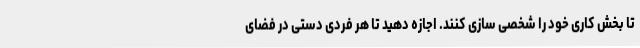
تا بخش کاری خود را شخصی سازی کنند. اجازه دهید تا هر فردی دستی در فضای